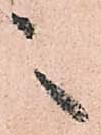
之